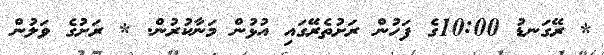
* ރޭގަނޑު 10:00ގެ ފަހުން ރަށުތެރޭގައި އުޅުން މަނާކުރުން. * ރަށުގެ ވަލުން